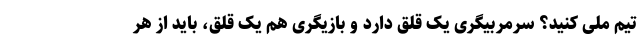
تیم ملی کنید؟ سرمربیگری یک قلق دارد و بازیگری هم یک قلق، باید از هر